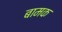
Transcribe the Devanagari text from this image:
बामक